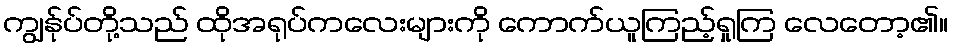
ကျွန်ုပ်တို့သည် ထိုအရုပ်ကလေးများကို ကောက်ယူကြည့်ရှုကြ လေတော့၏။